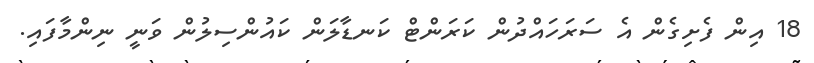
18 އިން ފެށިގެން އެ ސަރަހައްދުން ކަރަންޓް ކަނޑާލަން ކައުންސިލުން ވަނީ ނިންމާފައި.